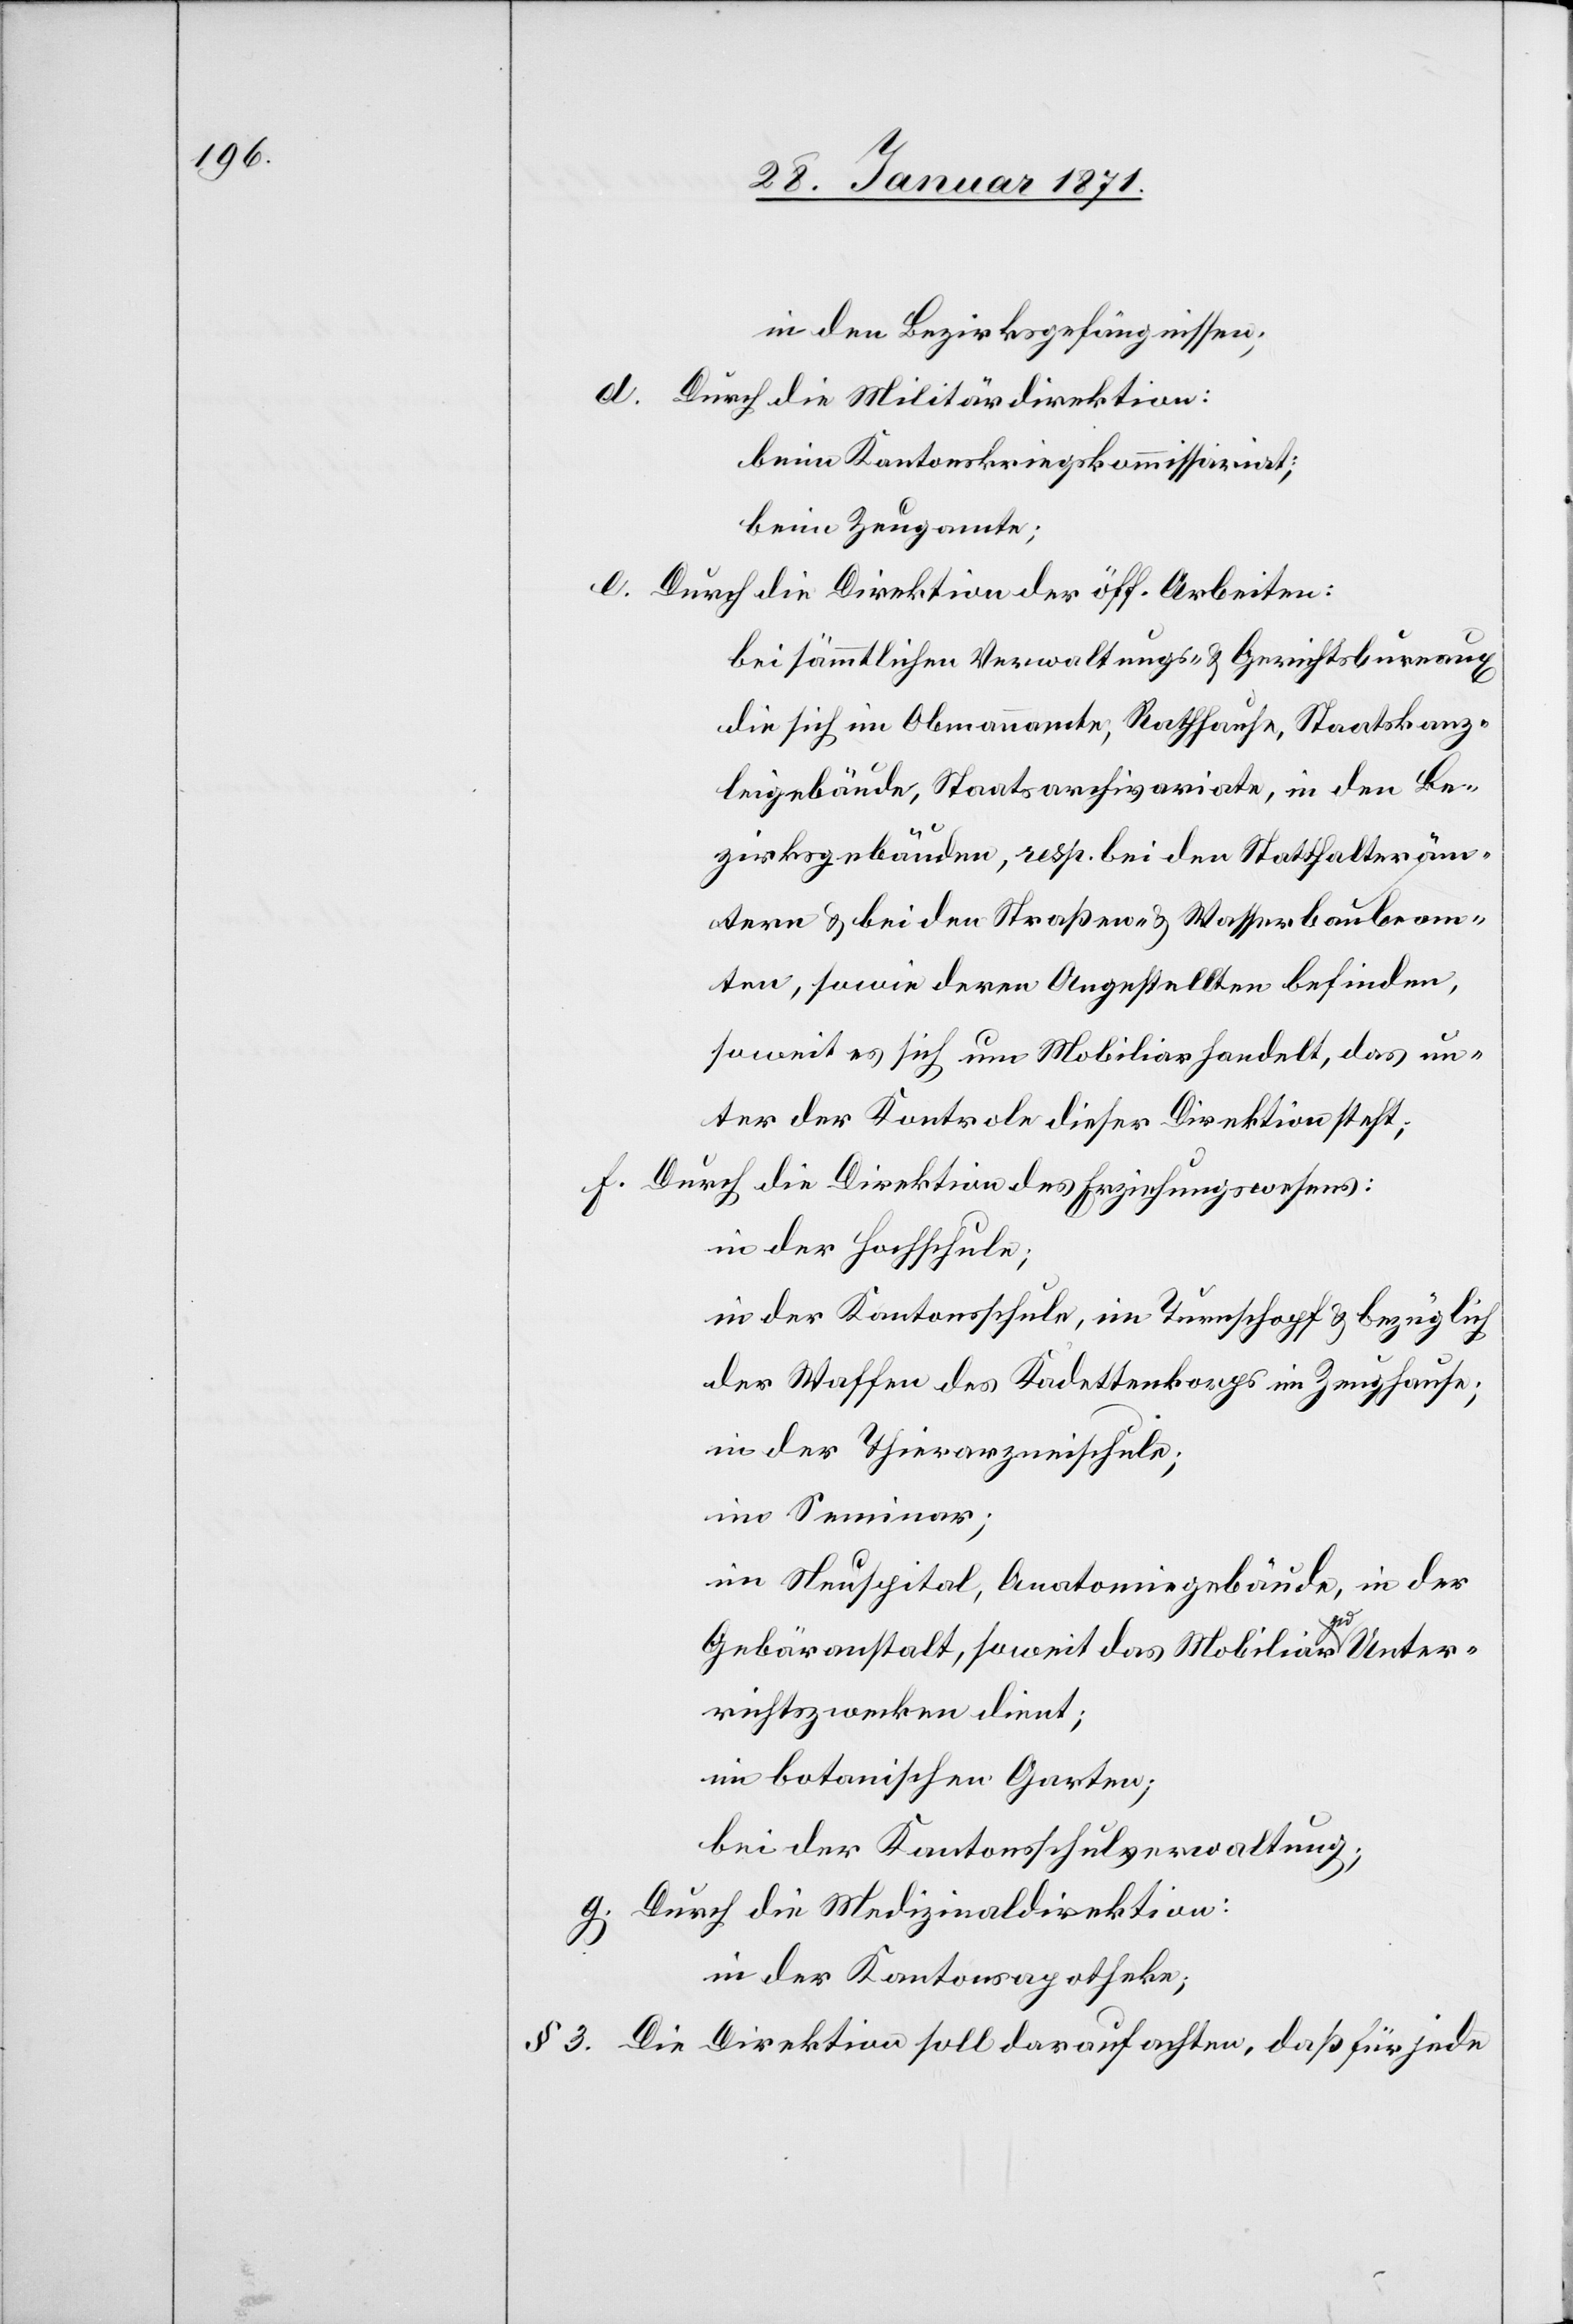
in den Bezirksgefängnissen;
Durch die Militärdirektion:
beim Kantonskriegskommissariat;
beim Zeugamte;
Durch die Direktion der öff. Arbeiten:
bei sämmtlichen Verwaltungs- u. Gerichtsburreaux
zirksgebäuden, resp. bei den Statthalteräm¬
ten, sowie deren Angestellten befinden,
soweit es sich um Mobiliar handelt, das un¬
Durch die Direktion des Erziehungswesens:
in der Hochschule;
in der Kantonsschule, im Turnschopf u. bezüglich
in der Thierarzneischule;
im Seminar;
im Neuspital, Anatomiegebäude, in der
er¬
Gebäranstalt, soweit das Mobiliar zu
richtszwecken dient;
im botanischen Garten;
bei der Kantonsschulverwaltung;
Durch die Medizinaldirektion:
in der Kantonsapotheke;
§ 3. Die Direktion soll darauf achten, daß für jede